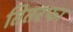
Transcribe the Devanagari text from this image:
तितरफा